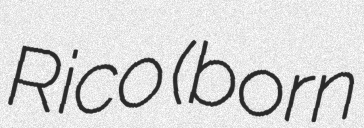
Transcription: Rico (born